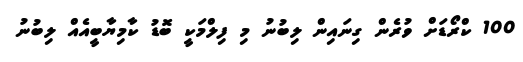
100 ކްރޯޑަށް ވުރެން ގިނައިން ލިބުނު މި ފިލްމަކީ ބޮޑު ކާމިޔާބީއެއް ލިބުނު